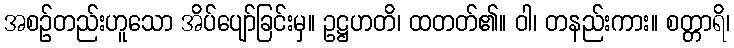
အစဉ်တည်းဟူသော အိပ်ပျော်ခြင်းမှ။ ဥဋ္ဌဟတိ၊ ထတတ်၏။ ဝါ၊ တနည်းကား။ စတ္တာရိ၊